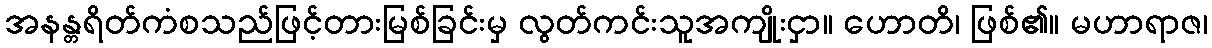
အနန္တရိတ်ကံစသည်ဖြင့်တားမြစ်ခြင်းမှ လွတ်ကင်းသူအကျိုးငှာ။ ဟောတိ၊ ဖြစ်၏။ မဟာရာဇ၊